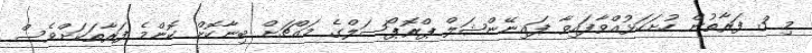
މި 3 ފަރާތުން ހުށަހަޅުއްވާފައިވާ ފައިނޭންޝަލް ޕްރޮޕޯސަލްގެ މައްޗަށް ބިނާކޮށް ކޮންމެ ފަރާތަކަށްވެސް